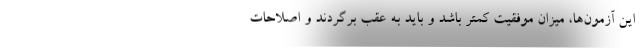
این آزمون‌ها، میزان موفقیت کمتر باشد و باید به عقب برگردند و اصلاحات